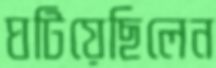
ঘটিয়েছিলেন